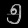
Digit: ၅